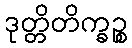
ဒုတ္တိတိက္ခဉ္စ